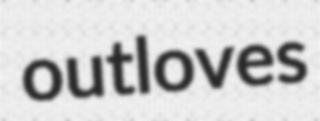
outloves